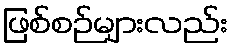
ဖြစ်စဉ်များလည်း